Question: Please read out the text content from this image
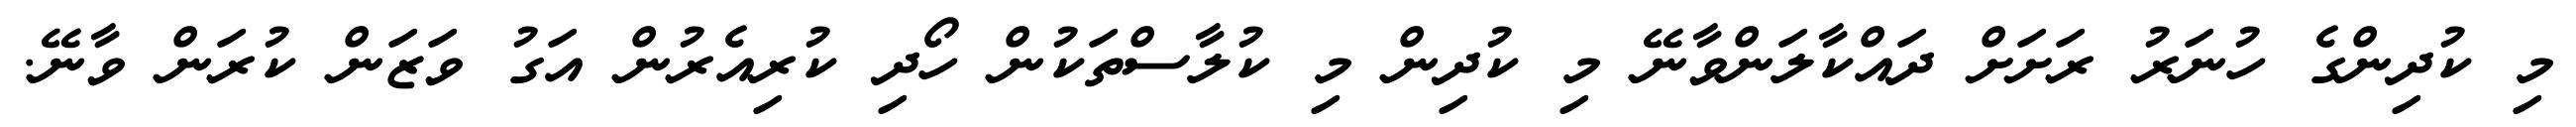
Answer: މި ކުދިންގެ ހުނަރު ރަށަށް ދައްކާލަންވާނޭ މި ކުދިން މި ކުލާސްތަކުން ހޯދި ކުރިއެރުން އަގު ވަޒަން ކުރަން ވާނޭ.